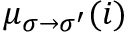
\mu _ { \sigma \to \sigma ^ { \prime } } ( i )